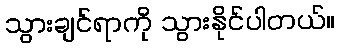
သွားချင်ရာကို သွားနိုင်ပါတယ်။